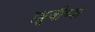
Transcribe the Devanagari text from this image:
रघुजीच्या